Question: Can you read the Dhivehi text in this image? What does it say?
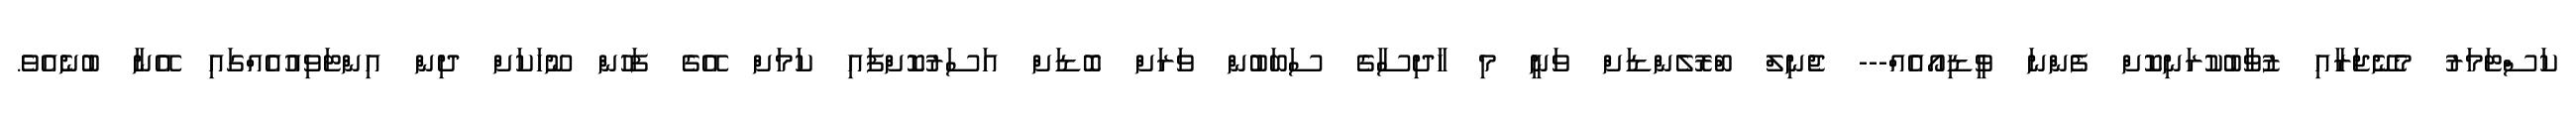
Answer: ކަސްޓަމަރު މެނޭޖަރާއި ޒުވާބުކުރަނިކޮށް ފެންނަ ވީޑިއޯއެއް--- ޖެނިލް ބްރޮލެންޑަށް ވަނީ މި ހާދިސާގެ ސަބަބުން ވަރަށް ބޮޑަށް އަސަރުކޮށްފައި ކަމަށް އޭގެ ފަހުން ނޫހަކަށް ދިން އިންޓަވިއުއެއްގައި އޭނާ ބުނެއެވެ.